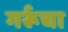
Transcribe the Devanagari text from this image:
गर्रूचा